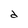
Character: d